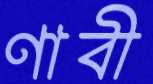
ণাবী